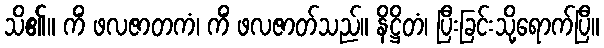
သိ၏။ ကိံ ဖလဇာတကံ၊ ကိံ ဖလဇာတ်သည်။ နိဋ္ဌိတံ၊ ပြီးခြင်းသို့ရောက်ပြီ။